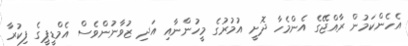
އެހެންކަމުން ރާއްޖޭގެ އެންމެހާ ދޮށީ އުމުރުގެ މީހުންނާއި އަދި ޒުވާނުންވެސް އެމްޑީޕީގެ ފިކުރާ